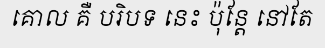
គោល គឺ បរិបទ នេះ ប៉ុន្តែ នៅតែ